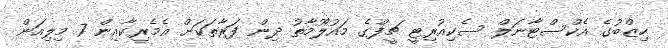
ހިޒްބުގެ އެކްސްޓާނަލް ސެކިއުރިޓީ ޗީފްގެ މައުލޫމާތު ދިން ފަރާތަކަށް އެމެރިކާއިން 7 މިލިއަން